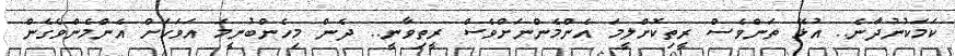
ކަމަކުނުދާނެ.. އުޅޭ ތަންވެސް ރީތިކޮށްލީމަ އެންމެންނަށްވެސް ރީތިވާނީ.. ދެން މިހެންބުނީމަ އަވަހަށް އެންމެންވެގެން